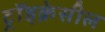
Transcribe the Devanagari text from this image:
ट्रॉइक्रेसील